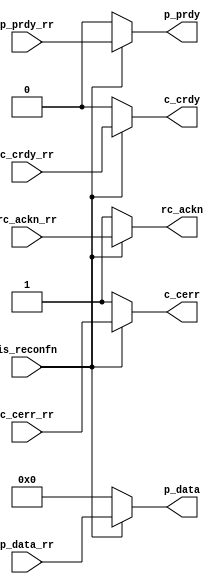
module isolator
(
	//-- to/from reconfiguration-add-ons----
	input                 rc_ackn_rr    ,
	output                rc_ackn       ,

	//-- to/from producer/consumer ----
	output                p_prdy        ,
	output     [31:0]     p_data        ,
	output                c_crdy        ,
	output                c_cerr        ,
	
	input                 p_prdy_rr     ,
	input      [31:0]     p_data_rr     ,
	input                 c_crdy_rr     ,
	input                 c_cerr_rr     ,
	
	//-- to/from reconfiguration controller----
	input                 is_reconfn
);

//-------------------------------------------------------------------
// Signal Declaration
//-------------------------------------------------------------------
	
	assign rc_ackn    = (~is_reconfn)? 1'b1: rc_ackn_rr;
	assign p_prdy     = (~is_reconfn)? 1'b0: p_prdy_rr;
	assign p_data     = (~is_reconfn)? 32'h0: p_data_rr;
	assign c_crdy     = (~is_reconfn)? 1'b0: c_crdy_rr;
	
	// set error signal to default 1'b1 to indicate that the region 
	// is undergoing partial reconfiguration. 
	
	assign c_cerr     = (~is_reconfn)? 1'b1: c_cerr_rr;

endmodule